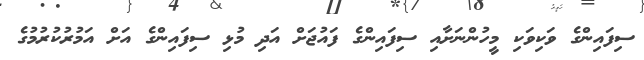
ސިފައިންގެ ވަކިވަކި މީހުންނަށާއި ސިފައިންގެ ފައުޖަށް އަދި މުޅި ސިފައިންގެ އަށް އަމުރުކުރުމުގެ